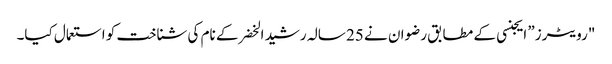
"رویٹرز” ایجنسی کے مطابق رضوان نے 25 سالہ رشید الخضر کے نام کی شناخت کو استعمال کیا۔